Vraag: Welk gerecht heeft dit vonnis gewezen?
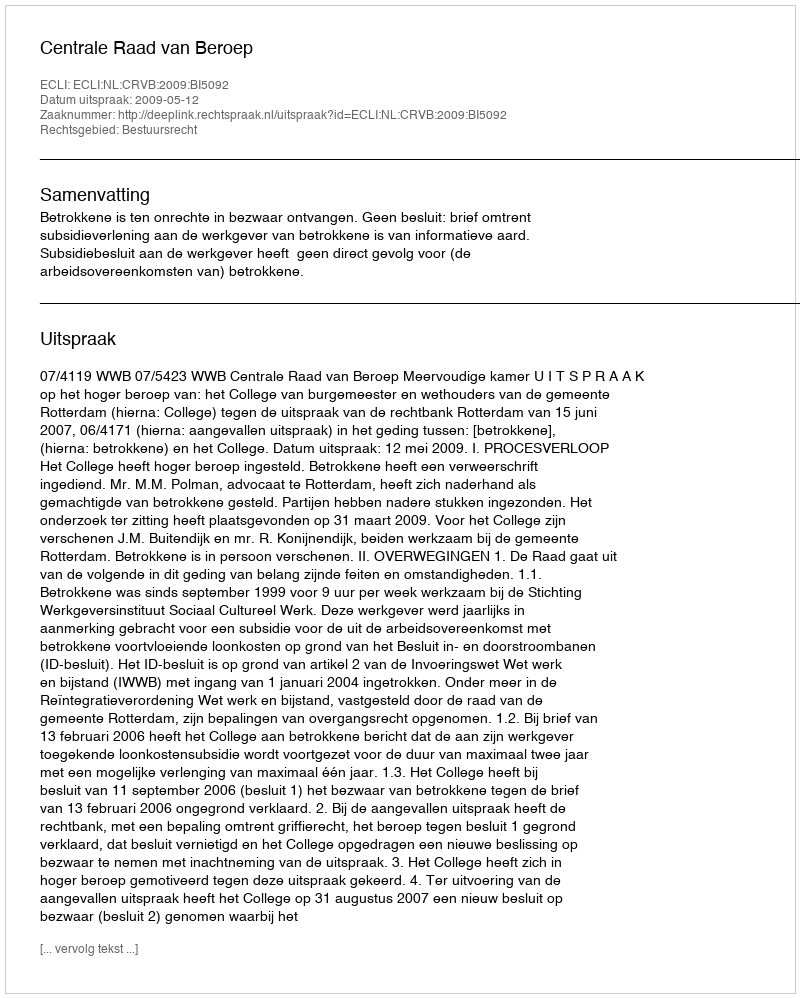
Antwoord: Centrale Raad van Beroep